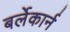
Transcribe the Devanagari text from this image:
बर्लेकार्न